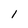
Character: 1